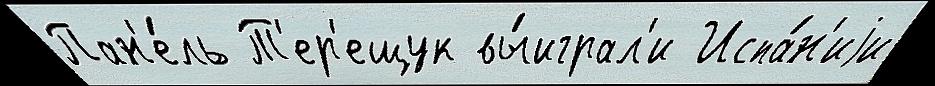
Пан'е́ль Т'ер'ещук вы́играл'и Испа́н'иjи